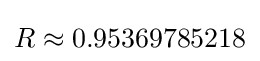
R\approx 0.95369785218